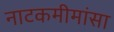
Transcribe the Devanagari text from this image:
नाटकमीमांसा